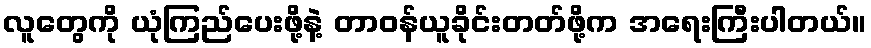
လူတွေကို ယုံကြည်ပေးဖို့နဲ့ တာဝန်ယူခိုင်းတတ်ဖို့က အရေးကြီးပါတယ်။